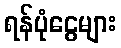
ရန်ပုံငွေများ